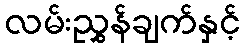
လမ်းညွှန်ချက်နှင့်